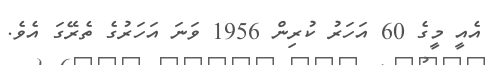
އެއީ މީގެ 60 އަހަރު ކުރިން 1956 ވަނަ އަހަރުގެ ތެރޭގަ އެވެ.